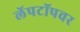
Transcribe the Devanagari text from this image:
लॅपटॉपवर